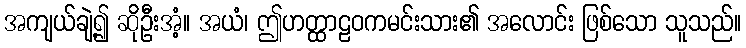
အကျယ်ချဲ့၍ ဆိုဦးအံ့။ အယံ၊ ဤဟတ္ထာဠဝကမင်းသား၏ အလောင်း ဖြစ်သော သူသည်။